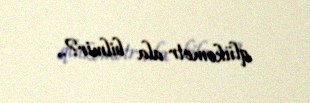
qlükometr ala bilmir?..